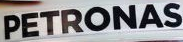
PETRONAS